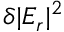
\delta | E _ { r } | ^ { 2 }